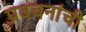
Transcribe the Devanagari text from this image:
प्रवचनांची